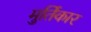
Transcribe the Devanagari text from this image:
मुर्तिकार